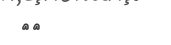
٤٦